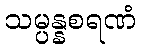
သမ္ပန္နစရဏံ